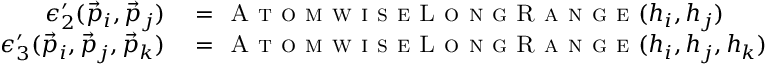
\begin{array} { r l } { \epsilon _ { 2 } ^ { \prime } ( \vec { p } _ { i } , \vec { p } _ { j } ) } & { { } = \textsc { A t o m w i s e L o n g R a n g e } ( h _ { i } , h _ { j } ) } \\ { \epsilon _ { 3 } ^ { \prime } ( \vec { p } _ { i } , \vec { p } _ { j } , \vec { p } _ { k } ) } & { { } = \textsc { A t o m w i s e L o n g R a n g e } ( h _ { i } , h _ { j } , h _ { k } ) } \end{array}